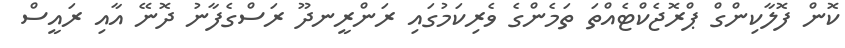
ކޮން ފޮލާކިންގް ޕްރޮޖެކްޓެއްތަ ތަމެންގެ ވެރިކަމުގައި ރަންރީނދޫ ރަސްގެފާނު ދޮނޭ އާއި ރައީސް